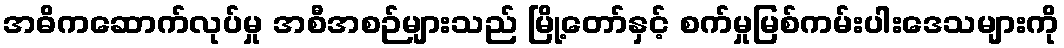
အဓိကဆောက်လုပ်မှု အစီအစဉ်များသည် မြို့တော်နှင့် စက်မှုမြစ်ကမ်းပါးဒေသများကို